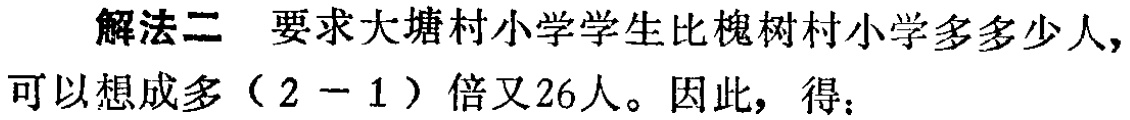
解法二 要求大塘村小学学生比槐树村小学多多少人，可以想成多（$2 - 1$）倍又26人。因此，得：